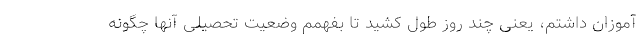
آموزان داشتم، یعنی چند روز طول کشید تا بفهمم وضعیت تحصیلی آنها چگونه